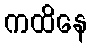
ကထိနေ